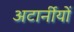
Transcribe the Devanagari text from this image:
अटार्नीयों